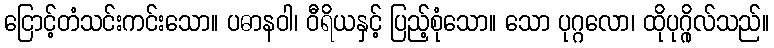
ငြောင့်တံသင်းကင်းသော။ ပဓာနဝါ၊ ဝီရိယနှင့် ပြည့်စုံသော။ သော ပုဂ္ဂလော၊ ထိုပုဂ္ဂိုလ်သည်။